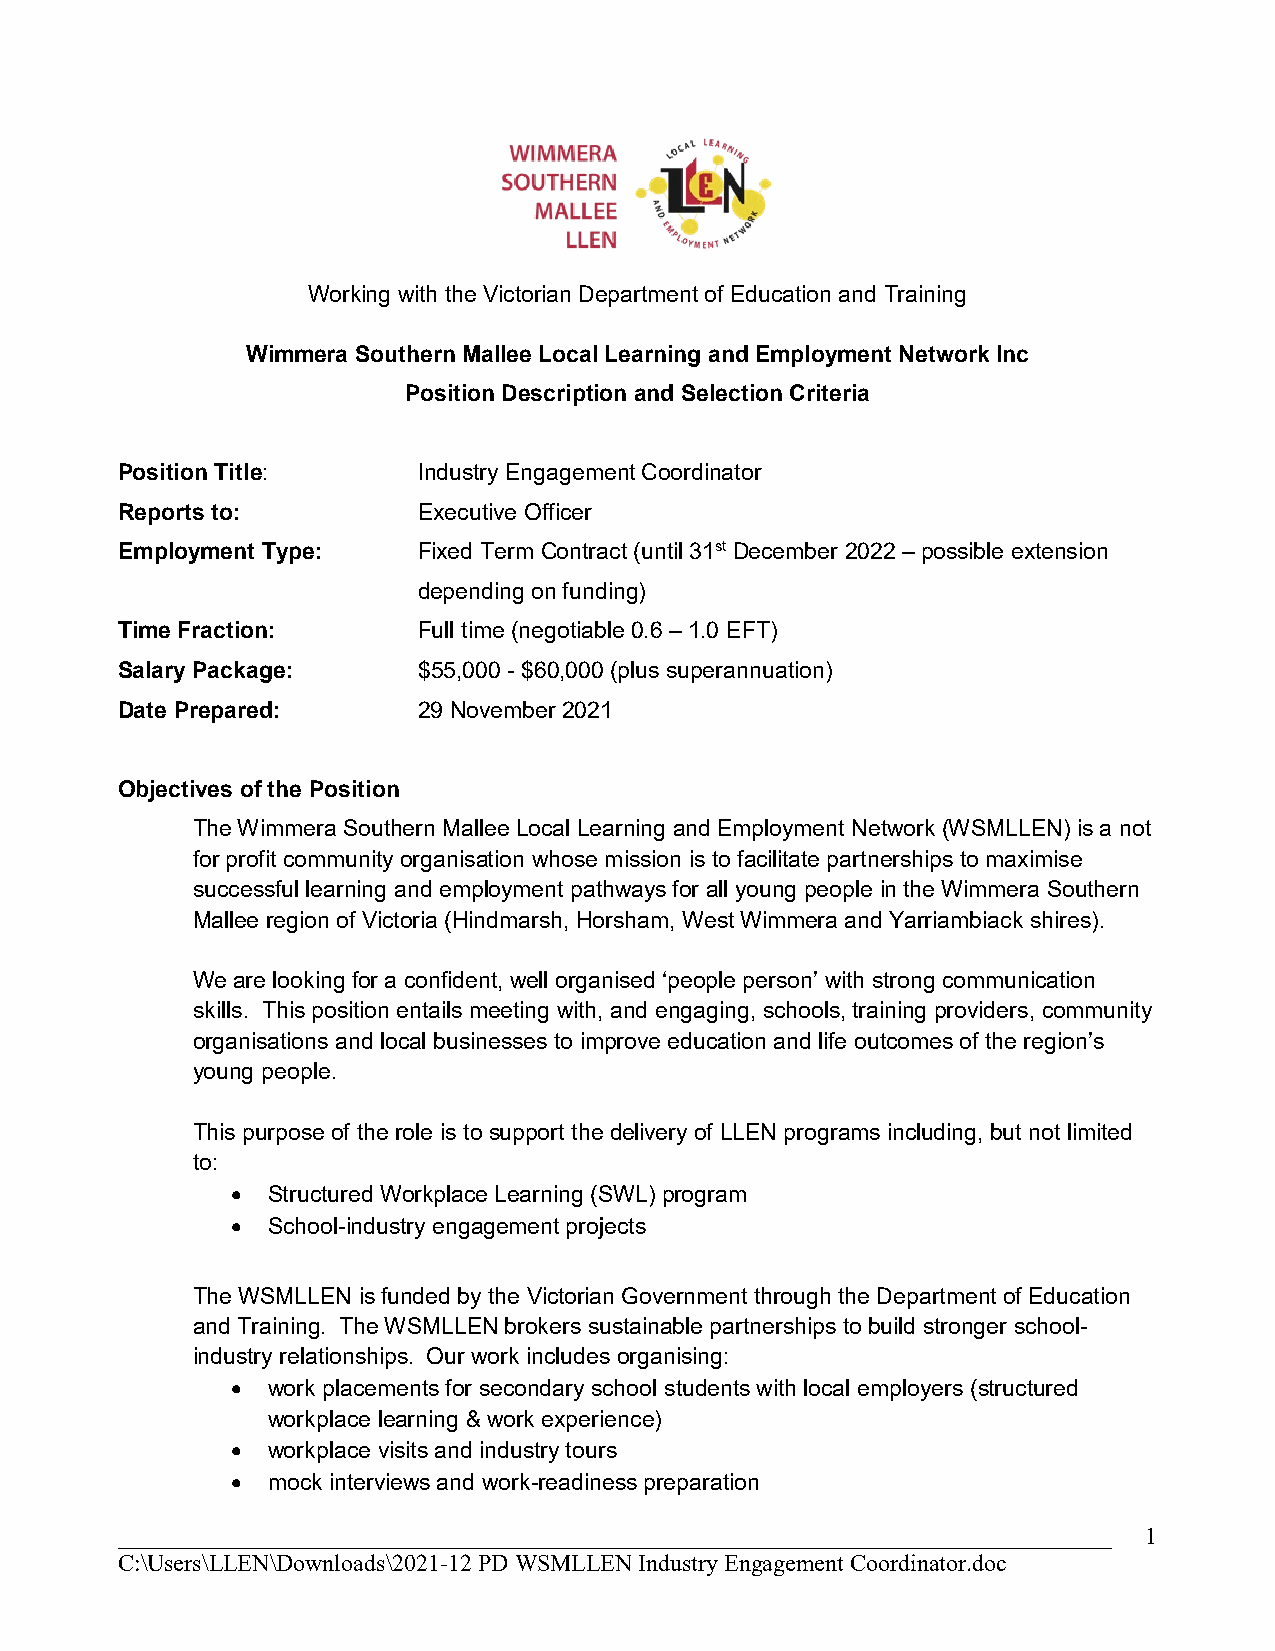
Working with the Victorian Department of Education and Training
 Wimmera Southern Mallee Local Learning and Employment Network Inc
 Position Description and Selection Criteria
 Position Title:     Industry Engagement Coordinator
 Reports to:         Executive Officer
 Employment Type:    Fixed Term Contract (until 31st December 2022 – possible extension
 depending on funding)
 Time Fraction:      Full time (negotiable 0.6 – 1.0 EFT)
 Salary Package:     $55,000 - $60,000 (plus superannuation)
 Date Prepared:      29 November 2021
 Objectives of the Position
 The Wimmera Southern Mallee Local Learning and Employment Network (WSMLLEN) is a not
 for profit community organisation whose mission is to facilitate partnerships to maximise
 successful learning and employment pathways for all young people in the Wimmera Southern
 Mallee region of Victoria (Hindmarsh, Horsham, West Wimmera and Yarriambiack shires).
 We are looking for a confident, well organised ‘people person’ with strong communication
 skills. This position entails meeting with, and engaging, schools, training providers, community
 organisations and local businesses to improve education and life outcomes of the region’s
 young people.
 This purpose of the role is to support the delivery of LLEN programs including, but not limited
 to:
 •  Structured Workplace Learning (SWL) program
 •  School-industry engagement projects
 The WSMLLEN is funded by the Victorian Government through the Department of Education
 and Training. The WSMLLEN brokers sustainable partnerships to build stronger school-
 industry relationships. Our work includes organising:
 •  work placements for secondary school students with local employers (structured
 workplace learning & work experience)
 •  workplace visits and industry tours
 •  mock interviews and work-readiness preparation
 ___________________________________________________________________________________ 1
 C:\Users\LLEN\Downloads\2021-12 PD WSMLLEN Industry Engagement Coordinator.doc